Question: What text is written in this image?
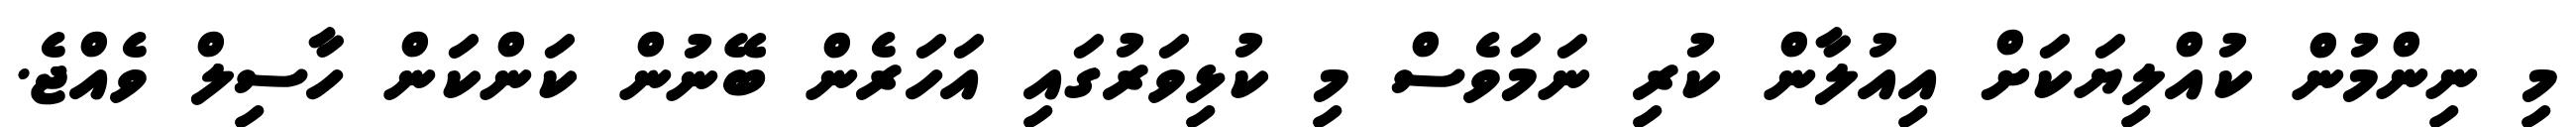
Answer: މި ނިންމުން ކުއްލިޔަކަށް އިއުލާން ކުރި ނަމަވެސް މި ކުޅިވަރުގައި އަހަރެން ބޭނުން ކަންކަން ހާސިލް ވެއްޖެ.